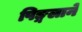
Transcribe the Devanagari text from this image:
पिङ्गलाने